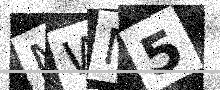
Text: MWM5